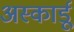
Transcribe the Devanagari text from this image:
अस्कार्डू